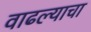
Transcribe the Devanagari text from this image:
वाढल्याचा